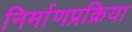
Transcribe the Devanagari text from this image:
निर्माणप्रक्रिया